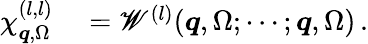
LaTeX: \begin{array}{rl}{\chi_{\boldsymbol{q},\Omega}^{(l,l)}}&{{}=\mathscr{W}^{(l)}(\boldsymbol{q},\Omega;\cdots;\boldsymbol{q},\Omega)\, .}\end{array}